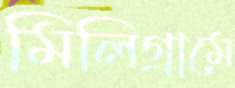
মিলিগ্রামে